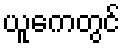
ယူကေတွင်